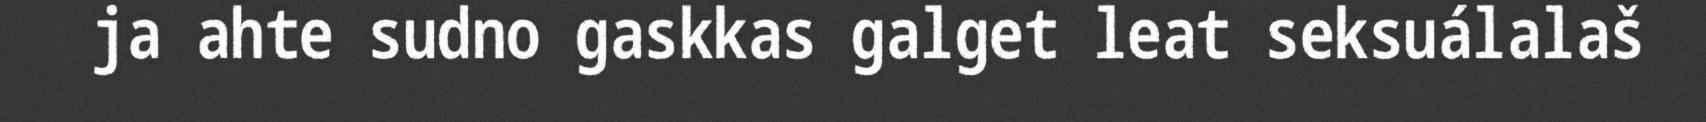
ja ahte sudno gaskkas galget leat seksuálalaš